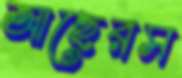
আছেরস